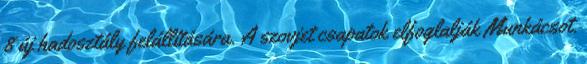
8 új hadosztály felállítására. A szovjet csapatok elfoglalják Munkácsot.